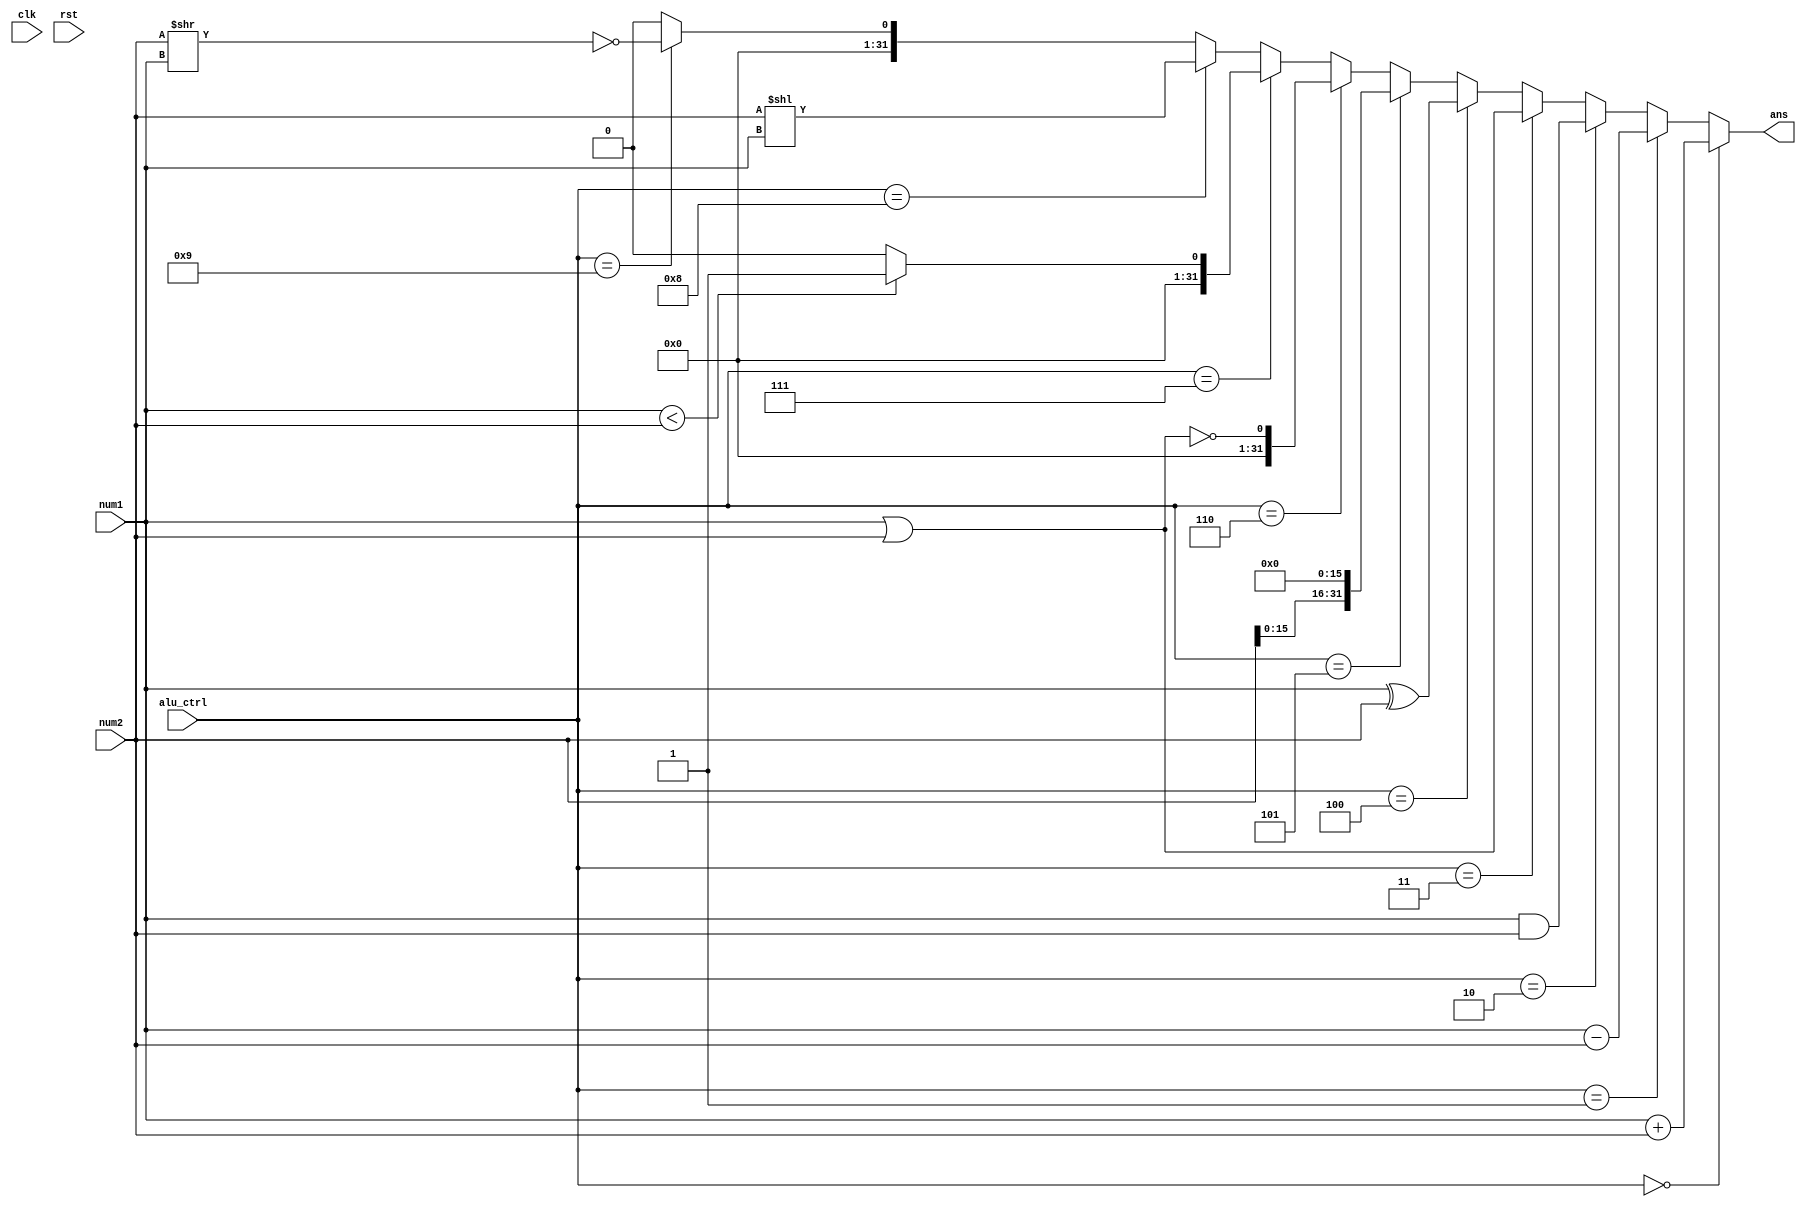
`timescale 1ns / 1ps

module alu(
    input clk,
    input rst,
    
    input [3: 0] alu_ctrl,              // 0-910
    
    input [31: 0] num1,                 // 1
    input [31: 0] num2,                 // 2
    
    output [31: 0] ans                  // 
    );
    
    assign ans = (alu_ctrl == 0) ? num1 + num2 :
                 (alu_ctrl == 1) ? num1 - num2 :
                 (alu_ctrl == 2) ? num1 & num2 :
                 (alu_ctrl == 3) ? num1 | num2 :
                 (alu_ctrl == 4) ? num1 ^ num2 :
                 (alu_ctrl == 5) ? {num2[15: 0], 16'b0} :
                 (alu_ctrl == 6) ? !(num1 | num2) :
                 (alu_ctrl == 7) ? ((num1 < num2) ? 32'b1 : 32'b0) : 
                 (alu_ctrl == 8) ? (num2 << num1) :
                 (alu_ctrl == 9) ? !(num2 >> num1) :
                 32'b0;
                 
endmodule